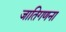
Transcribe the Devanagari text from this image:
जातिगणना